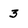
Character: 3